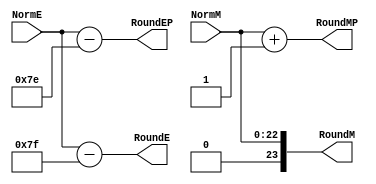
`timescale 1ns / 1ps

//////////////////////////////////////////////////////////////////////////////////
//
// Module Name:    FPMult_NormalizeModule 
// Project Name: 	 Floating Point Project
//
//////////////////////////////////////////////////////////////////////////////////

module FPMult_NormalizeModule(
		NormM,
		NormE,
		RoundE,
		RoundEP,
		RoundM,
		RoundMP
    );

	// Input Ports
	input [22:0] NormM ;									// Normalized mantissa
	input [8:0] NormE ;									// Normalized exponent

	// Output Ports
	output [8:0] RoundE ;
	output [8:0] RoundEP ;
	output [23:0] RoundM ;
	output [23:0] RoundMP ; 
	
	assign RoundE = NormE - 127 ;
	assign RoundEP = NormE - 126 ;
	assign RoundM = NormM ;
	assign RoundMP = NormM + 1 ;

endmodule